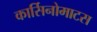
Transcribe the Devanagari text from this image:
कार्सिनोमाटस